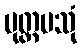
ပုတ္တပသုံ